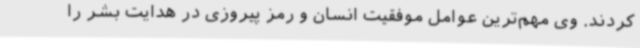
کردند. وی مهم‌ترین عوامل موفقیت انسان و رمز پیروزی در هدایت بشر را